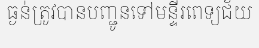
ធ្ងន់ត្រូវបានបញ្ជូនទៅមន្ទីរពេទ្យជ័យ